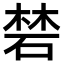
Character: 𥓙